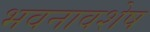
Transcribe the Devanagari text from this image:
भवनावशेष